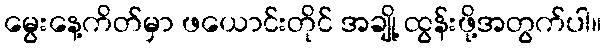
မွေးနေ့ကိတ်မှာ ဖယောင်းတိုင် အချို့ ထွန်းဖို့အတွက်ပါ။